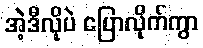
အဲ့ဒီလိုပဲ ပြောလိုက်ကွာ